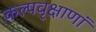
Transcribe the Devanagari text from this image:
कल्पवृक्षाणां